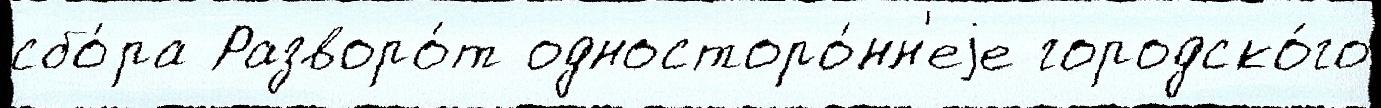
сбо́ра Разворо́т односторо́нн'еjе городско́го